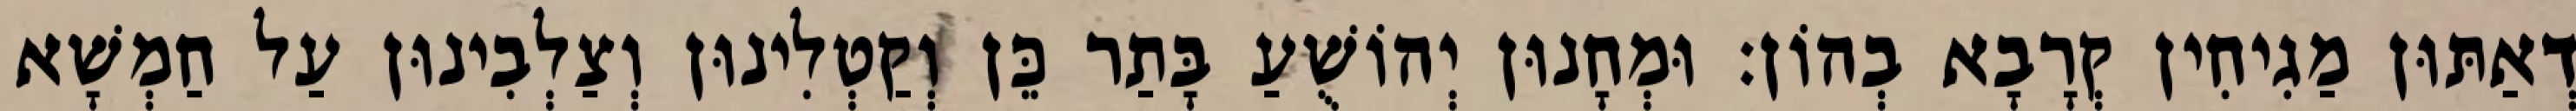
דְאַתּוּן מַגִיחִין קְרָבָא בְהוֹן׃ וּמְחָנוּן יְהוֹשֻׁעַ בָּתַר כֵּן וְקַטְלִינוּן וְצַלְבִינוּן עַל חַמְשָׁא